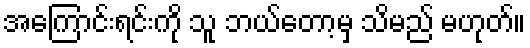
အကြောင်းရင်းကို သူ ဘယ်တော့မှ သိမည် မဟုတ်။